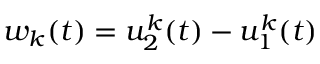
w _ { k } ( t ) = u _ { 2 } ^ { k } ( t ) - u _ { 1 } ^ { k } ( t )